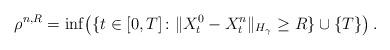
LaTeX: \begin{align*}\rho^{n, R}=\inf \!\left( \{ t\in [0,T]\colon \|X_t^0 - X_t^{n}\|_{H_\gamma} \geq R \} \cup \{T\} \right).\end{align*}